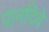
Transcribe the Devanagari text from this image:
पानदिवे